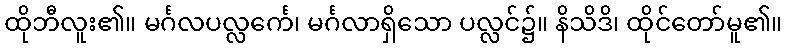
ထိုဘီလူး၏။ မင်္ဂလပလ္လင်္ကေ၊ မင်္ဂလာရှိသော ပလ္လင်၌။ နိသိဒိ၊ ထိုင်တော်မူ၏။